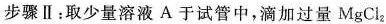
步骤Ⅱ：取少量溶液A于试管中，滴加过量MgCl_{2}